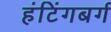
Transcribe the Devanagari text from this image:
हंटिंगबर्ग